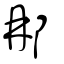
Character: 𨚗